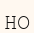
НО